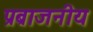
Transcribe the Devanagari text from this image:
प्रब्राजनीय